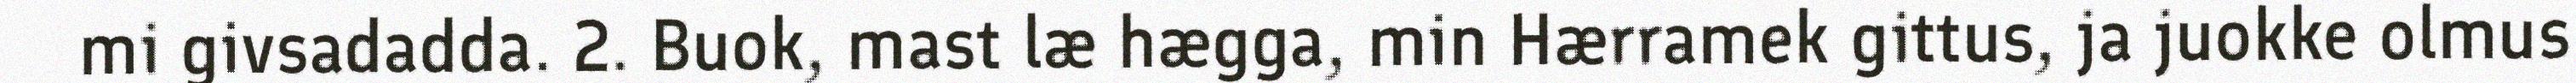
mi givsadadda. 2. Buok, mast læ hægga, min Hærramek gittus, ja juokke olmus